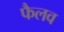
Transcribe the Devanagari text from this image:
फैलव